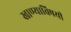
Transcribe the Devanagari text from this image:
खाण्याविषयी